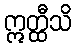
ဣတ္ထီသိ